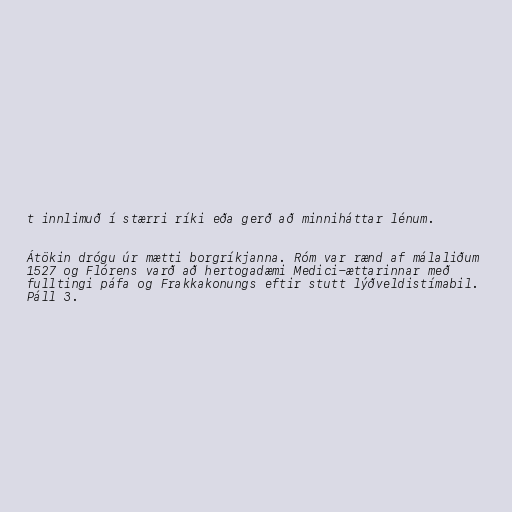
t innlimuð í stærri ríki eða gerð að minniháttar lénum.

Átökin drógu úr mætti borgríkjanna. Róm var rænd af málaliðum
1527 og Flórens varð að hertogadæmi Medici-ættarinnar með
fulltingi páfa og Frakkakonungs eftir stutt lýðveldistímabil.
Páll 3.